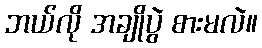
ဘယ်လို အချိုပွဲ စားမလဲ။